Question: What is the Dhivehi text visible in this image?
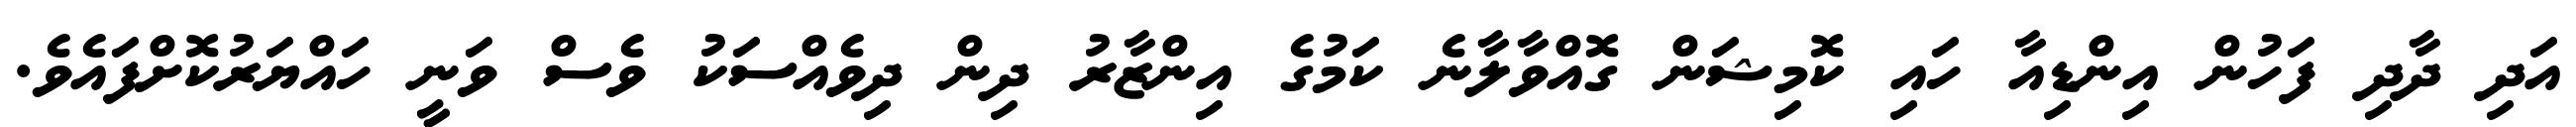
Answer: އަދި ދާދި ފަހުން އިންޑިއާ ހައި ކޮމިޝަން ގޮއްވާލާނެ ކަމުގެ އިންޒާރު ދިން ދިވެއްސަކު ވެސް ވަނީ ހައްޔަރުކޮށްފައެވެ.